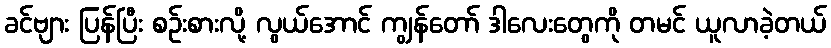
ခင်ဗျား ပြန်ပြီး စဉ်းစားလို့ လွယ်အောင် ကျွန်တော် ဒါလေးတွေကို တမင် ယူလာခဲ့တယ်